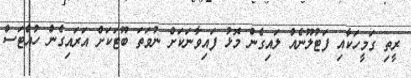
ރީތި ގަމީހަކާއި ފަޓުލޫނެއް ލައިގެން މޮޅު ފައިވާނަކަށް ނުވަތަ ބޫޓަކަށް އަރައިގެން ހުއްޓަސް